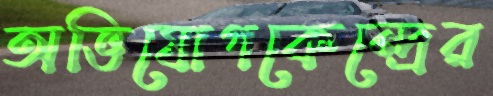
অভিযোগকেন্দ্রের